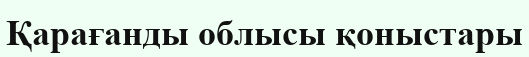
Қарағанды облысы қоныстары